Report on plague in the Punjab from October 1st ... to September 30th ..., being the ... season of plague in the province
Disease focus: Plague
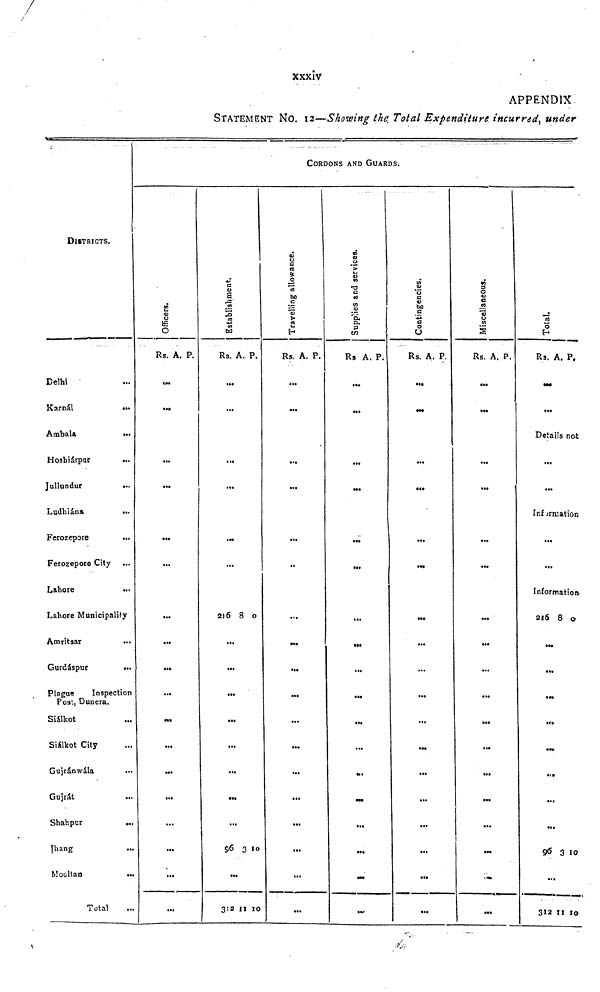
xxxiv
APPENDIX
STATEMENT NO. 12—Showing the Total Expenditure incurred, under
DISTRICTS.
Delhi ...
Karnal ...
Ambala ...
Hoshiárpar
...
Jullundur
...
Ludhiána
...
Ferozepore
...
Ferozepore City ...
Lahore
...
Lahore Municipality
Amritsar ...
Gurdáspur
...
Plague
Inspection
Post, Dunera.
Siálkot ...
Siálkot City ...
Gujránwála ...
Gujrát ...
Shahpur ...
Jhang ...
Mooltan
...
Total ...
CORDONS AND GUARDS.
Officers.
Rs.
...
...
...
...
...
...
...
...
...
...
...
...
...
...
...
...
...
...
A. P.
Establishment.
Rs.
...
...
...
...
...
...
216
...
...
...
...
...
...
...
...
96
...
312
A.
8
3
: 12
P.
0
10
10
Travelling allowance.
Rs.
...
...
...
...
...
...
...
...
...
...
...
...
...
...
...
...
...
...
A. P.
Supplies and services.
Rs
...
...
...
...
...
...
...
...
...
...
...
...
...
...
...
...
...
...
A. P.
Contingencies.
Rs.
...
...
...
...
...
...
...
...
...
...
...
...
...
...
...
...
...
A. P.
Miscellaneous.
Rs.
...
...
...
...
...
...
...
...
...
...
...
...
...
...
...
...
...
...
A. p.
Total.
Rs.
...
...
A. P.
Details not
••
...
Information
...
...
Information
216
...
...
...
...
...
...
...
...
96
...
312
8
5
12
0
10
10